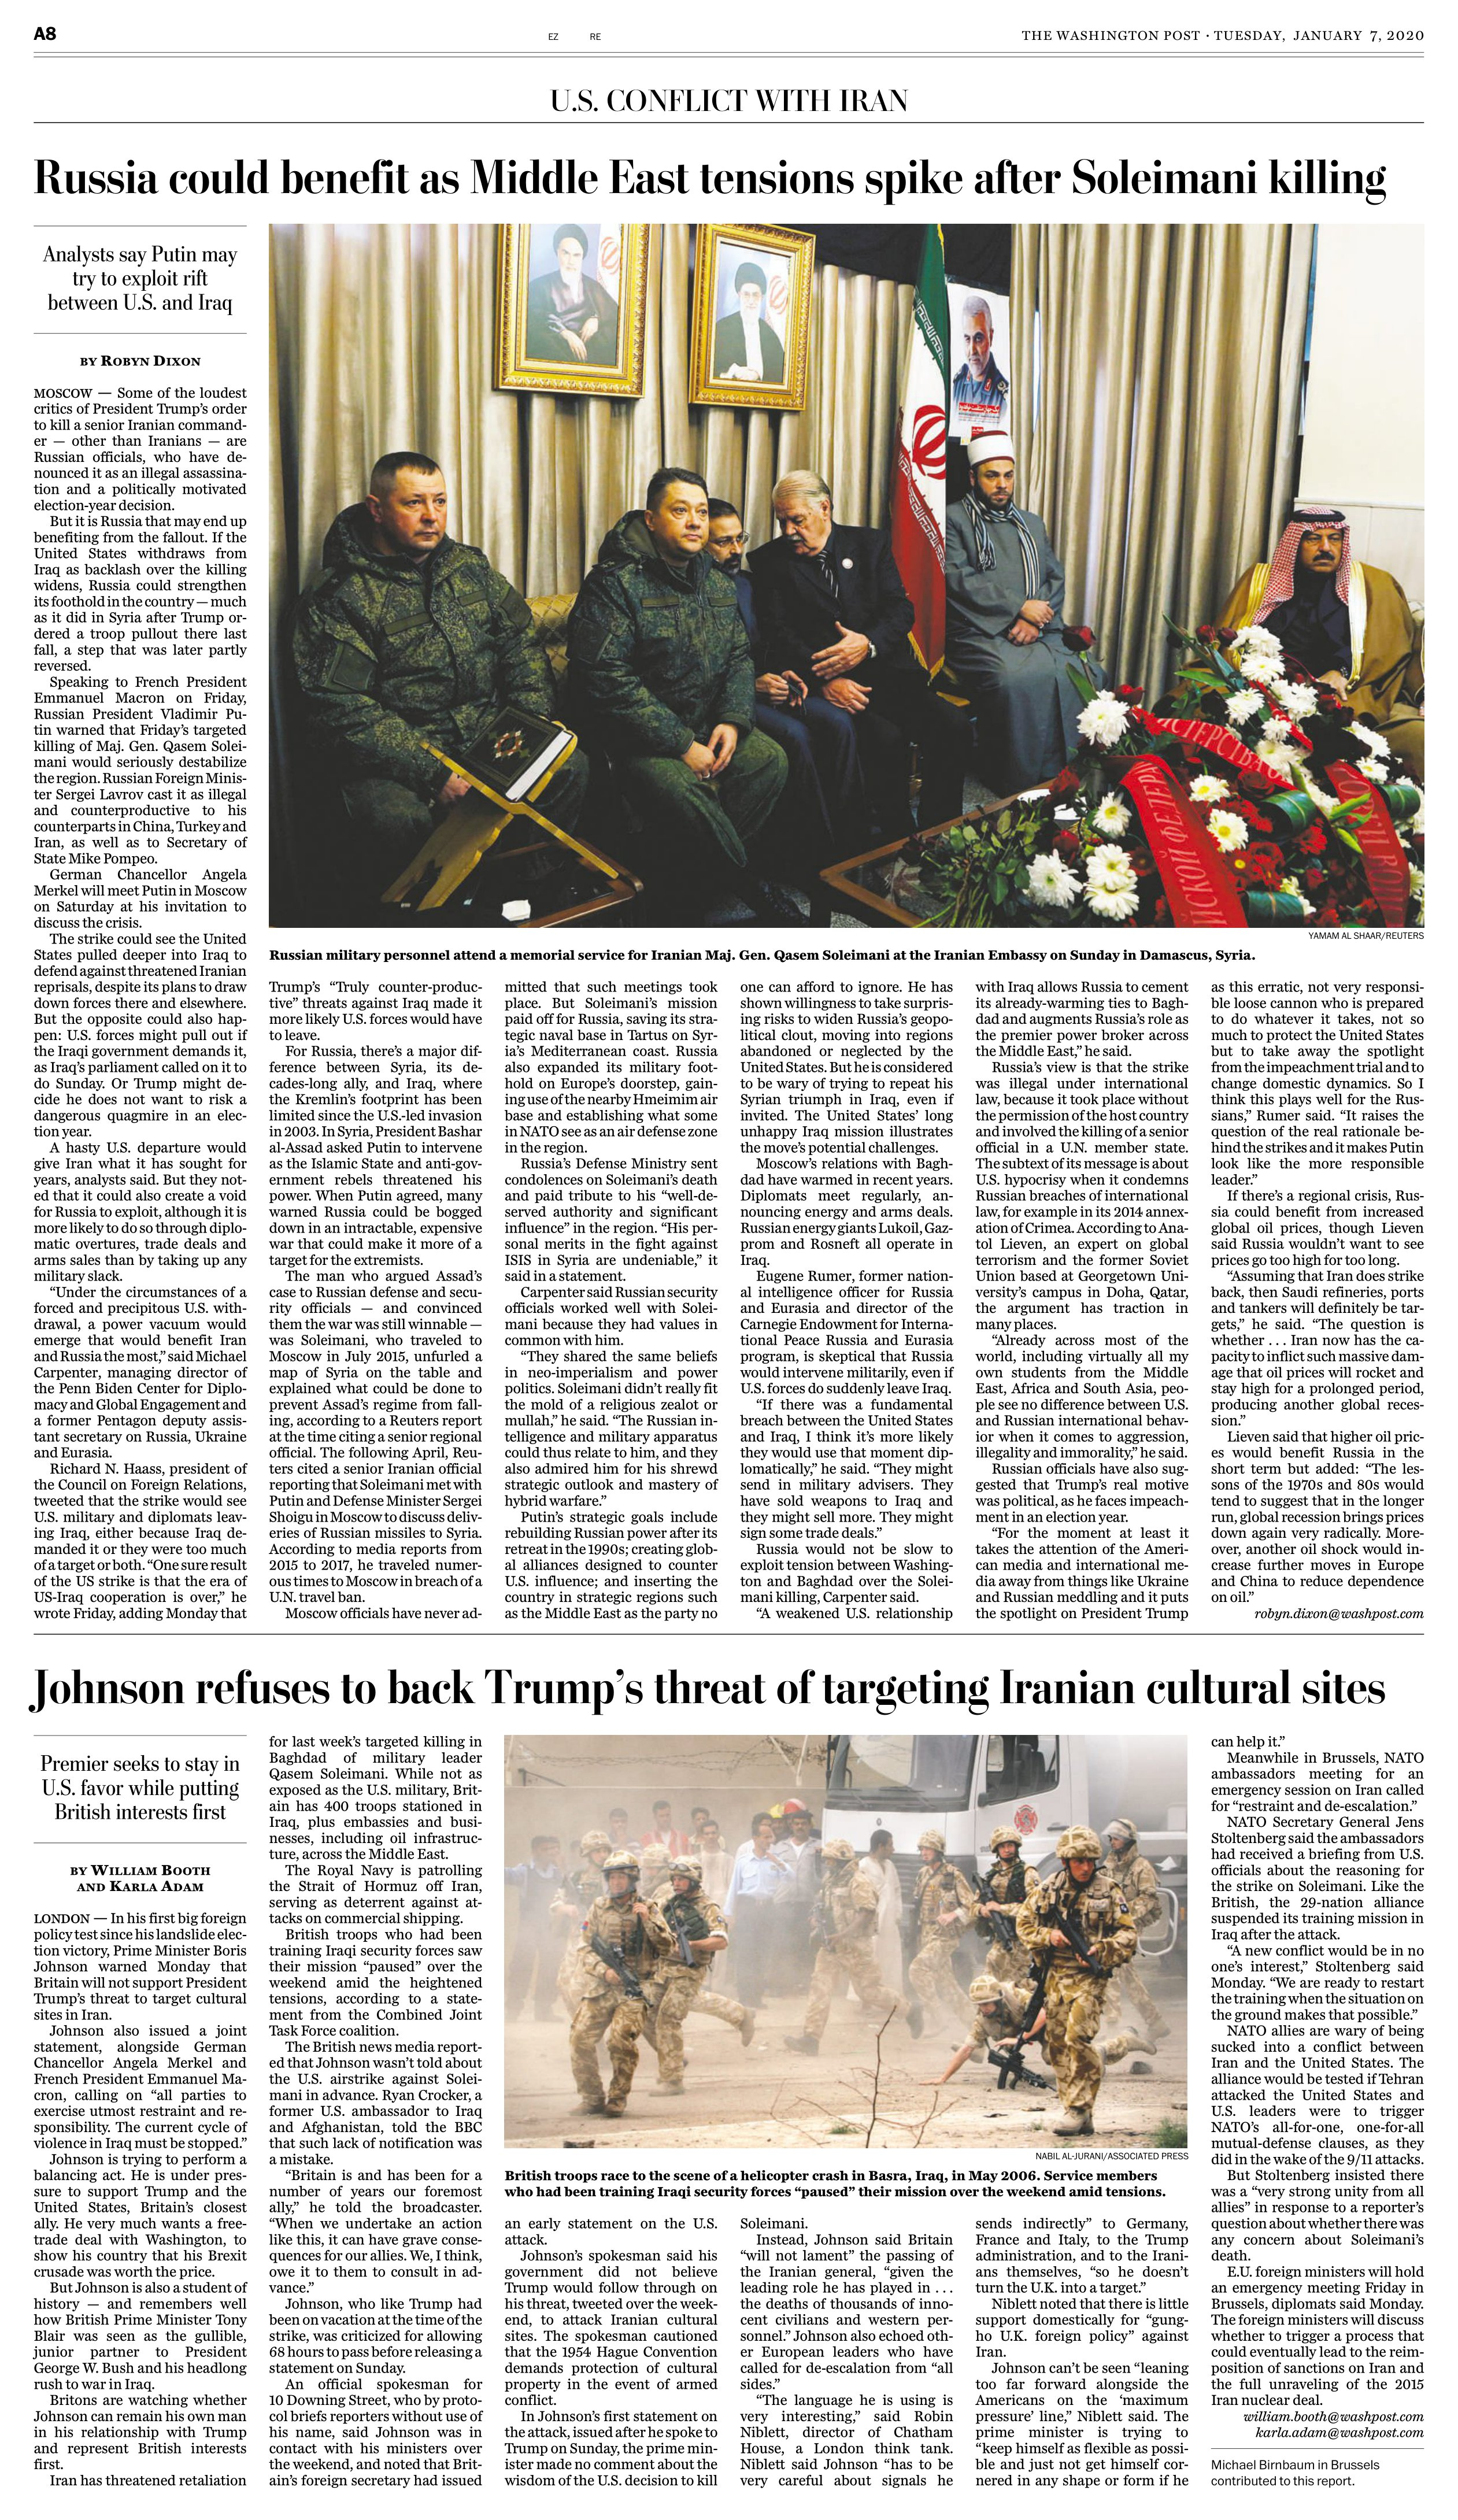
Language: en